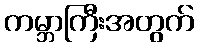
ကမ္ဘာကြီးအတွက်